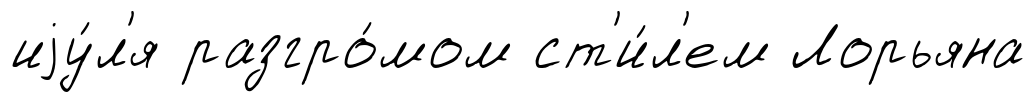
иjу́л'я разгро́мом ст'и́л'ем Лорьяна